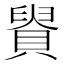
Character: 䝿